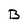
Character: B